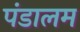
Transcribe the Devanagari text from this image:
पंडालम